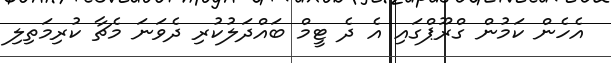
އެހެން ކަމުން ގްރޫޕްގައި އެ ދެ ޓީމް ބައްދަލުކުރި ދެވަނަ މެޗާ ކުރިމަތިލި